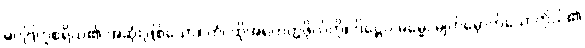
မဂ္ဂဗြဟ္မစရိယ၏ အဆုံးဖြစ်သော။ တံ၊ ထိုအရဟတ္တဖိုလ်ကို။ ဒိဋ္ဌေဝ ဓမ္မေ၊ မျက်မှောက်သောကိုယ်၏